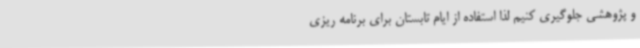
و پژوهشی جلوگیری کنیم لذا استفاده از ایام تابستان برای برنامه ریزی